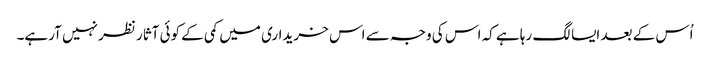
اُس کے بعد ایسا لگ رہا ہے کہ اس کی وجہ سے اس خریداری میں کمی کے کوئی آثار نظر نہیں آرہے۔